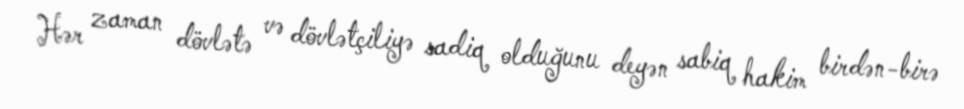
Hər zaman dövlətə və dövlətçiliyə sadiq olduğunu deyən sabiq hakim birdən-birə